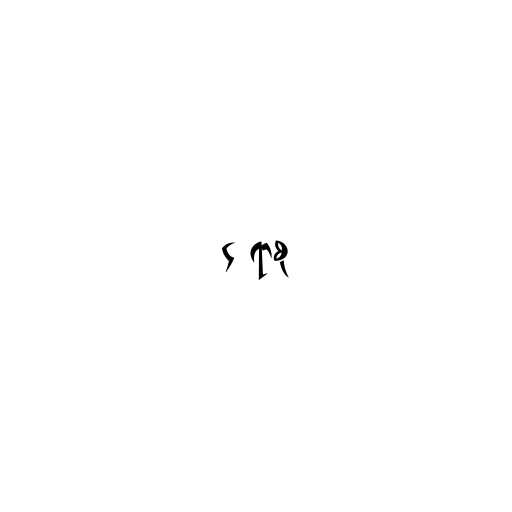
၄ ရာစု